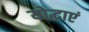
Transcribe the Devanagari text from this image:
योद्धाएं